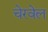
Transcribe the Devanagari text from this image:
चेरवेल